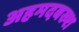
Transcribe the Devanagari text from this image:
अहमदबख्श